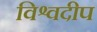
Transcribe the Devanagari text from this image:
विश्वदीप